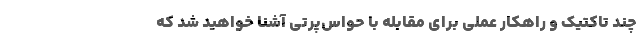
چند تاکتیک و راهکار عملی برای مقابله با حواس‌پرتی آشنا خواهید شد که